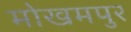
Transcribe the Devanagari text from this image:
मोखमपुर